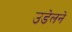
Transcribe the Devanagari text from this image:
उडेलने